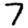
Digit: 7